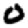
Digit: 0